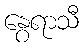
နွေရာသီ